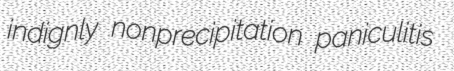
indignly nonprecipitation paniculitis